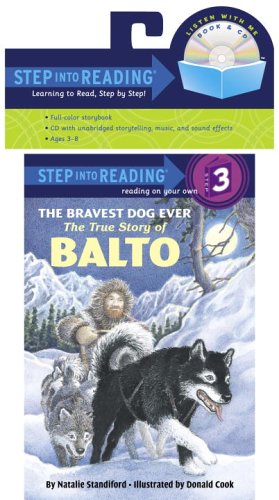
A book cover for The Bravest Dog Ever: The True Story of Balto (Book and CD); Natalie Standiford; Sports & Outdoors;